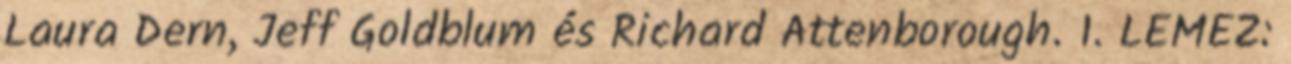
Laura Dern, Jeff Goldblum és Richard Attenborough. 1. LEMEZ: